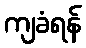
ကျခံရန်